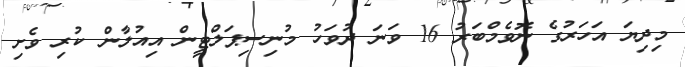
މިދިޔަ އަހަރުގެ ނޮވެމްބަރު 16 ވަނަ ދުވަހު މުނިސިޕަލްޓީން އިއުލާން ކުރި ވެށި